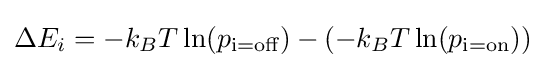
\Delta E_{i}=-k_{B}T\ln(p_{\text{i=off}})-(-k_{B}T\ln(p_{\text{i=on}}))